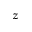
z